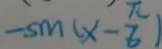
- s m ( x - \frac { \pi } { 6 } )